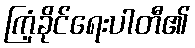
ကြံ့ခိုင်ရေးပါတီ၏